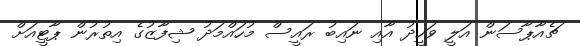
ޗެއާޕާސަން އަލީ ވަހީދު އާއި ނައިބު ރައީސް މުހައްމަދު ޝިފާޒުގެ އިތުރުން ޕާޓީއަށް